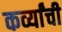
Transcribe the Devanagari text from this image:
कर्व्यांची